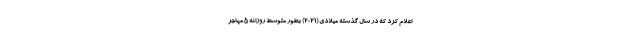
اعلام کرد که در سال گذشته میلادی (۲۰۲۱) بطور متوسط روزانه ۵ مهاجر